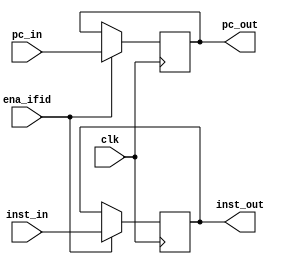
module stage_ifid
(
 input wire[31:0] inst_in,
 input wire[31:0] pc_in,
 input wire clk,
 input wire ena_ifid,
 output wire[31:0]inst_out,
 output wire[31:0] pc_out
 );
	
	reg[31:0] inst,pc;
	
	
	initial begin 
		inst = 32'h00000000;
		pc = 32'h00000000;
	end
	
	always @(posedge clk) begin
			if (ena_ifid) begin
				inst = inst_in;
				pc = pc_in;
			end
	end
	
	assign inst_out = inst;
	assign pc_out = pc;


endmodule